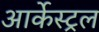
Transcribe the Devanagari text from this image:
आर्केस्ट्रल